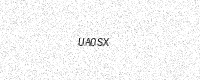
Text: UA0SX